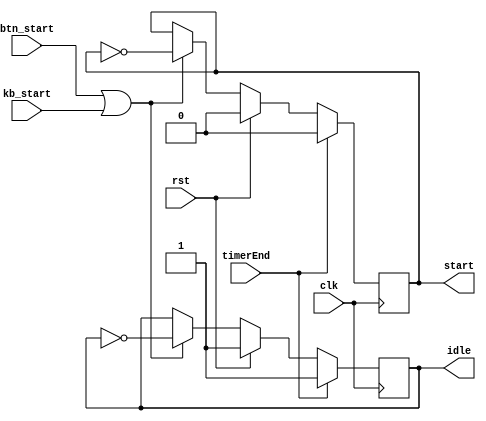
`timescale 1ns / 1ps

module btn_startButton(
    input clk,              //input system clock
    input rst,              //input reset
    input btn_start,      //button to start microwave
    input kb_start,         //keyboard start
    input timerEnd,         //input signal to detect when timer ends
    output start,           //output signal to know if microwave started and is heating
    output idle             //output signal to know if microwave is in idle
    );
    
reg startreg = 'b0;          //start register
reg idlereg = 'b1;           //idle register


always @ (posedge clk)          //for every clock pulse...
begin
    if (rst)                        //check for reset
        begin
            startreg <= 'b0;           //set default idle state
            idlereg <= 'b1;
        end
    else if (btn_start || kb_start)         //if start button pressed...
        begin        
            startreg <= ~startreg;      //inverse start and idle registers (button is a pause/unpause mechanism)
            idlereg <= ~idlereg;
        end  
    if (timerEnd)               //if timer ends...
        begin
            startreg <= 'b0;       //set idle
            idlereg <= 'b1;
        end    
end 

assign start = startreg;
assign idle = idlereg;


endmodule